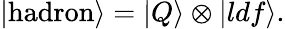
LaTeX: |\mathrm{hadron}\rangle=|Q\rangle\otimes|{ldf}\rangle.